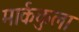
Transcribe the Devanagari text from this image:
मार्ककुला